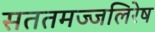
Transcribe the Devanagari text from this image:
सततमज्जलिरेष